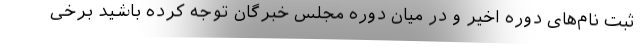
ثبت نام‌های دوره اخیر و در میان دوره مجلس خبرگان توجه کرده باشید برخی